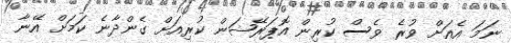
ނަމަ އެއަށް ވުރެ ވެސް ކުރިން އޮޕަރޭޝަން ކުރިއަށް ގެންދާނެ ކަމަށް އޭނާ